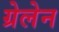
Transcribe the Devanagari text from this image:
ग्रेलेन